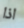
اذا